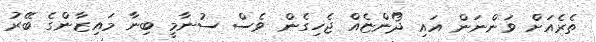
ތެރެއަށް ވަންނަން އައި ދޯންޏެއް ޖެހިގެން ވެސް ސުނާމީ ބިނާ މައިޒާންގެ ބޭރު